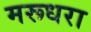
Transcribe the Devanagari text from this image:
मरूधरा